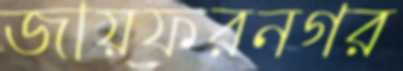
জায়ফরনগর